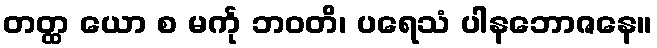
တတ္ထ ယော စ မင်္ကု ဘဝတိ၊ ပရေသံ ပါနဘောဇနေ။